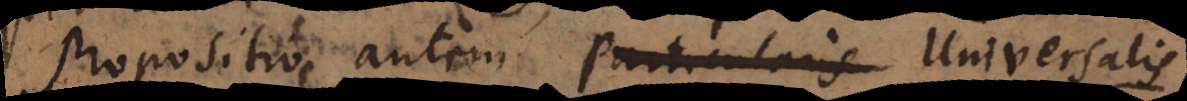
Propositio autem Particularis negativa